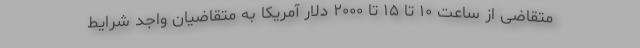
متقاضی از ساعت ۱۰ تا ۱۵ تا ۲۰۰۰ دلار آمریکا به متقاضیان واجد شرایط